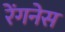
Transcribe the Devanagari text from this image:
रेंगनेस